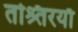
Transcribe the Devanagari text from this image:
तश्र्तिरयाँ